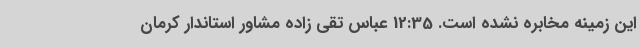
این زمینه مخابره نشده است. 12:35 عباس تقی زاده مشاور استاندار کرمان